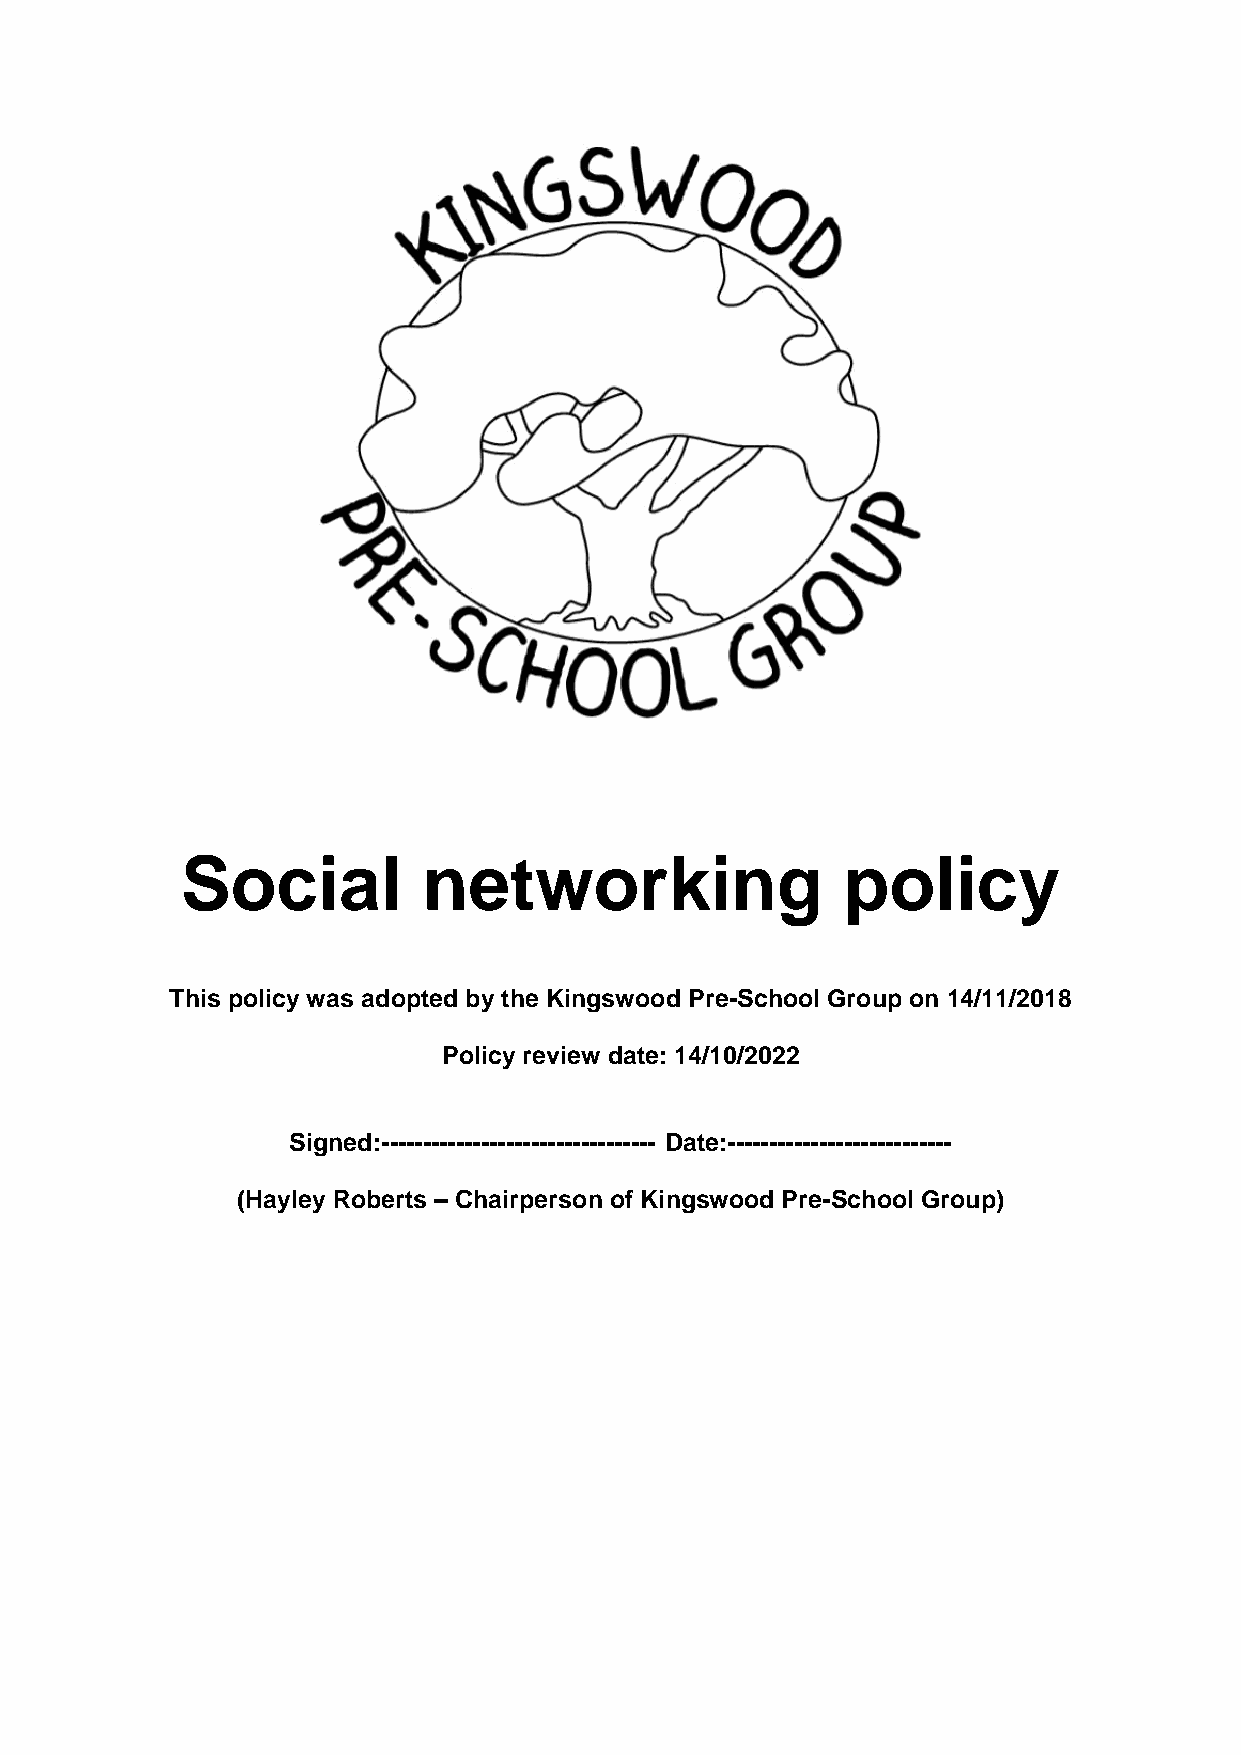
Social          networking                  policy
 This policy was adopted by the Kingswood Pre-School Group on 14/11/2018
 Policy review date: 14/10/2022
 Signed:--------------------------------- Date:---------------------------
 (Hayley Roberts – Chairperson of Kingswood Pre-School Group)